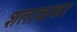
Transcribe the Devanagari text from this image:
शलाकाकर